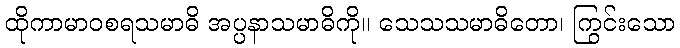
ထိုကာမာဝစရသမာဓိ အပ္ပနာသမာဓိကို။ သေသသမာဓိတော၊ ကြွင်းသော